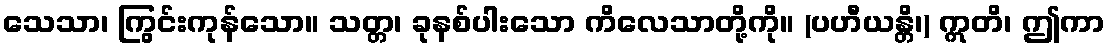
သေသာ၊ ကြွင်းကုန်သော။ သတ္တ၊ ခုနစ်ပါးသော ကိလေသာတို့ကို။ (ပဟီယန္တိ၊) ဣတိ၊ ဤကာ